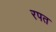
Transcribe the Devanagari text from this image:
रपत